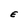
Character: E